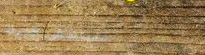
مستشفى الحياة